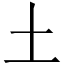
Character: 土